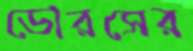
ডোরসের